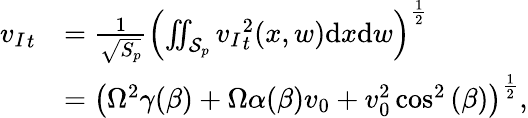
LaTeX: \begin{array}{rl}{{v_{I}}_{t}}&{=\frac{1}{\sqrt{S_{p}}}\left(\iint_{\mathcal{S}_{p}}{v_{I}}_{t}^{2}(x,w)\mathrm{d}x\mathrm{d}w\right)^{\frac{1}{2}}}\\ &{=\left(\Omega^{2}\gamma(\beta)+\Omega\alpha(\beta)v_{0}+v_{0}^{2}\cos^{2}{(\beta)}\right)^{\frac{1}{2}},}\end{array}